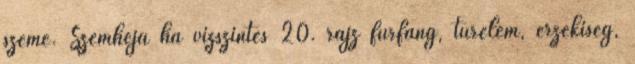
szeme. Szemhéja ha vízszintes 20. rajz furfang, türelem, érzékiség,